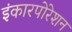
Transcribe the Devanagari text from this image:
इंकारपोरेशन